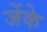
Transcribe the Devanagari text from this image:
जेंके